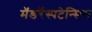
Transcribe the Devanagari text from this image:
मॅडरॅस्पटेन्सिस